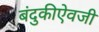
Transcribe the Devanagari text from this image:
बंदुकीऐवजी